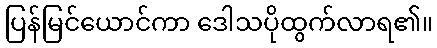
ပြန်မြင်ယောင်ကာ ဒေါသပိုထွက်လာရ၏။